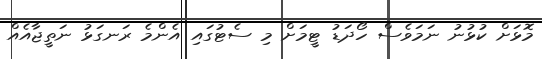
މޮޅަށް ކުޅުނު ނަމަވެސް ހޯދަޑު ޓީމަށް މި ސެޓުގައި އެންމެ ރަނގަޅު ނަތީޖާއެއް